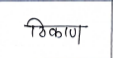
मजकूर: ठिकाण